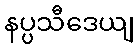
နပ္ပသီဒေယျ